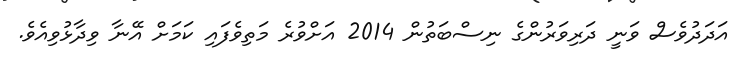
އަދަދުވެސް ވަނީ ދަރިވަރުންގެ ނިސްބަތުން 2014 އަށްވުރެ މަތިވެފައި ކަމަށް އޭނާ ވިދާޅުވިއެވެ.